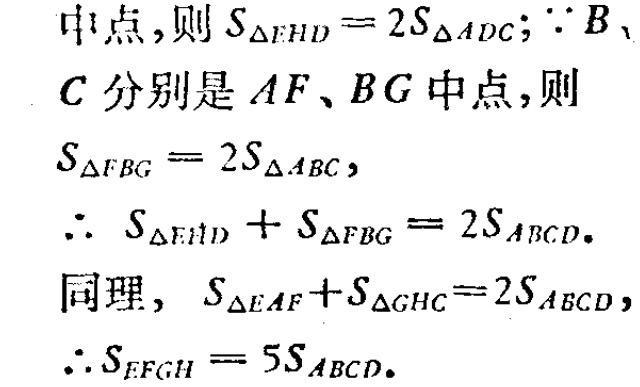
中点,则 \(S_{\triangle EHD}=2S_{\triangle ADC}\); \(\because B\)、
\(C\) 分别是 \(AF\)、\(BG\) 中点,则
\(S_{\triangle FBG}=2S_{\triangle ABC}\),
\(\therefore S_{\triangle EHD}+S_{\triangle FBG}=2S_{ABCD}\).
同理, \(S_{\triangle EAF}+S_{\triangle GHC}=2S_{ABCD}\),
\(\therefore S_{EFGH}=5S_{ABCD}\).